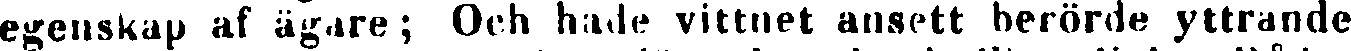
egenskap af ägare; Och hade vittnet ansett berörde yttrande